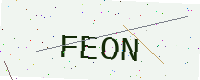
Text: FEON